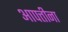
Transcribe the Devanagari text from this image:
आपत्तीना